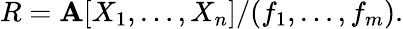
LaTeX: R=\mathbf{A}[X_{1},\ldots,X_{n}]/(f_{1},\ldots,f_{m}).